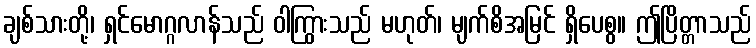
ချစ်သားတို့၊ ရှင်မောဂ္ဂလာန်သည် ဝါကြွားသည် မဟုတ်၊ မျက်စိအမြင် ရှိပေစွ။ ဤပြိတ္တာသည်